38_143685_box7_Incident_Summaries_1-100
Agency: Department of War
Page 24
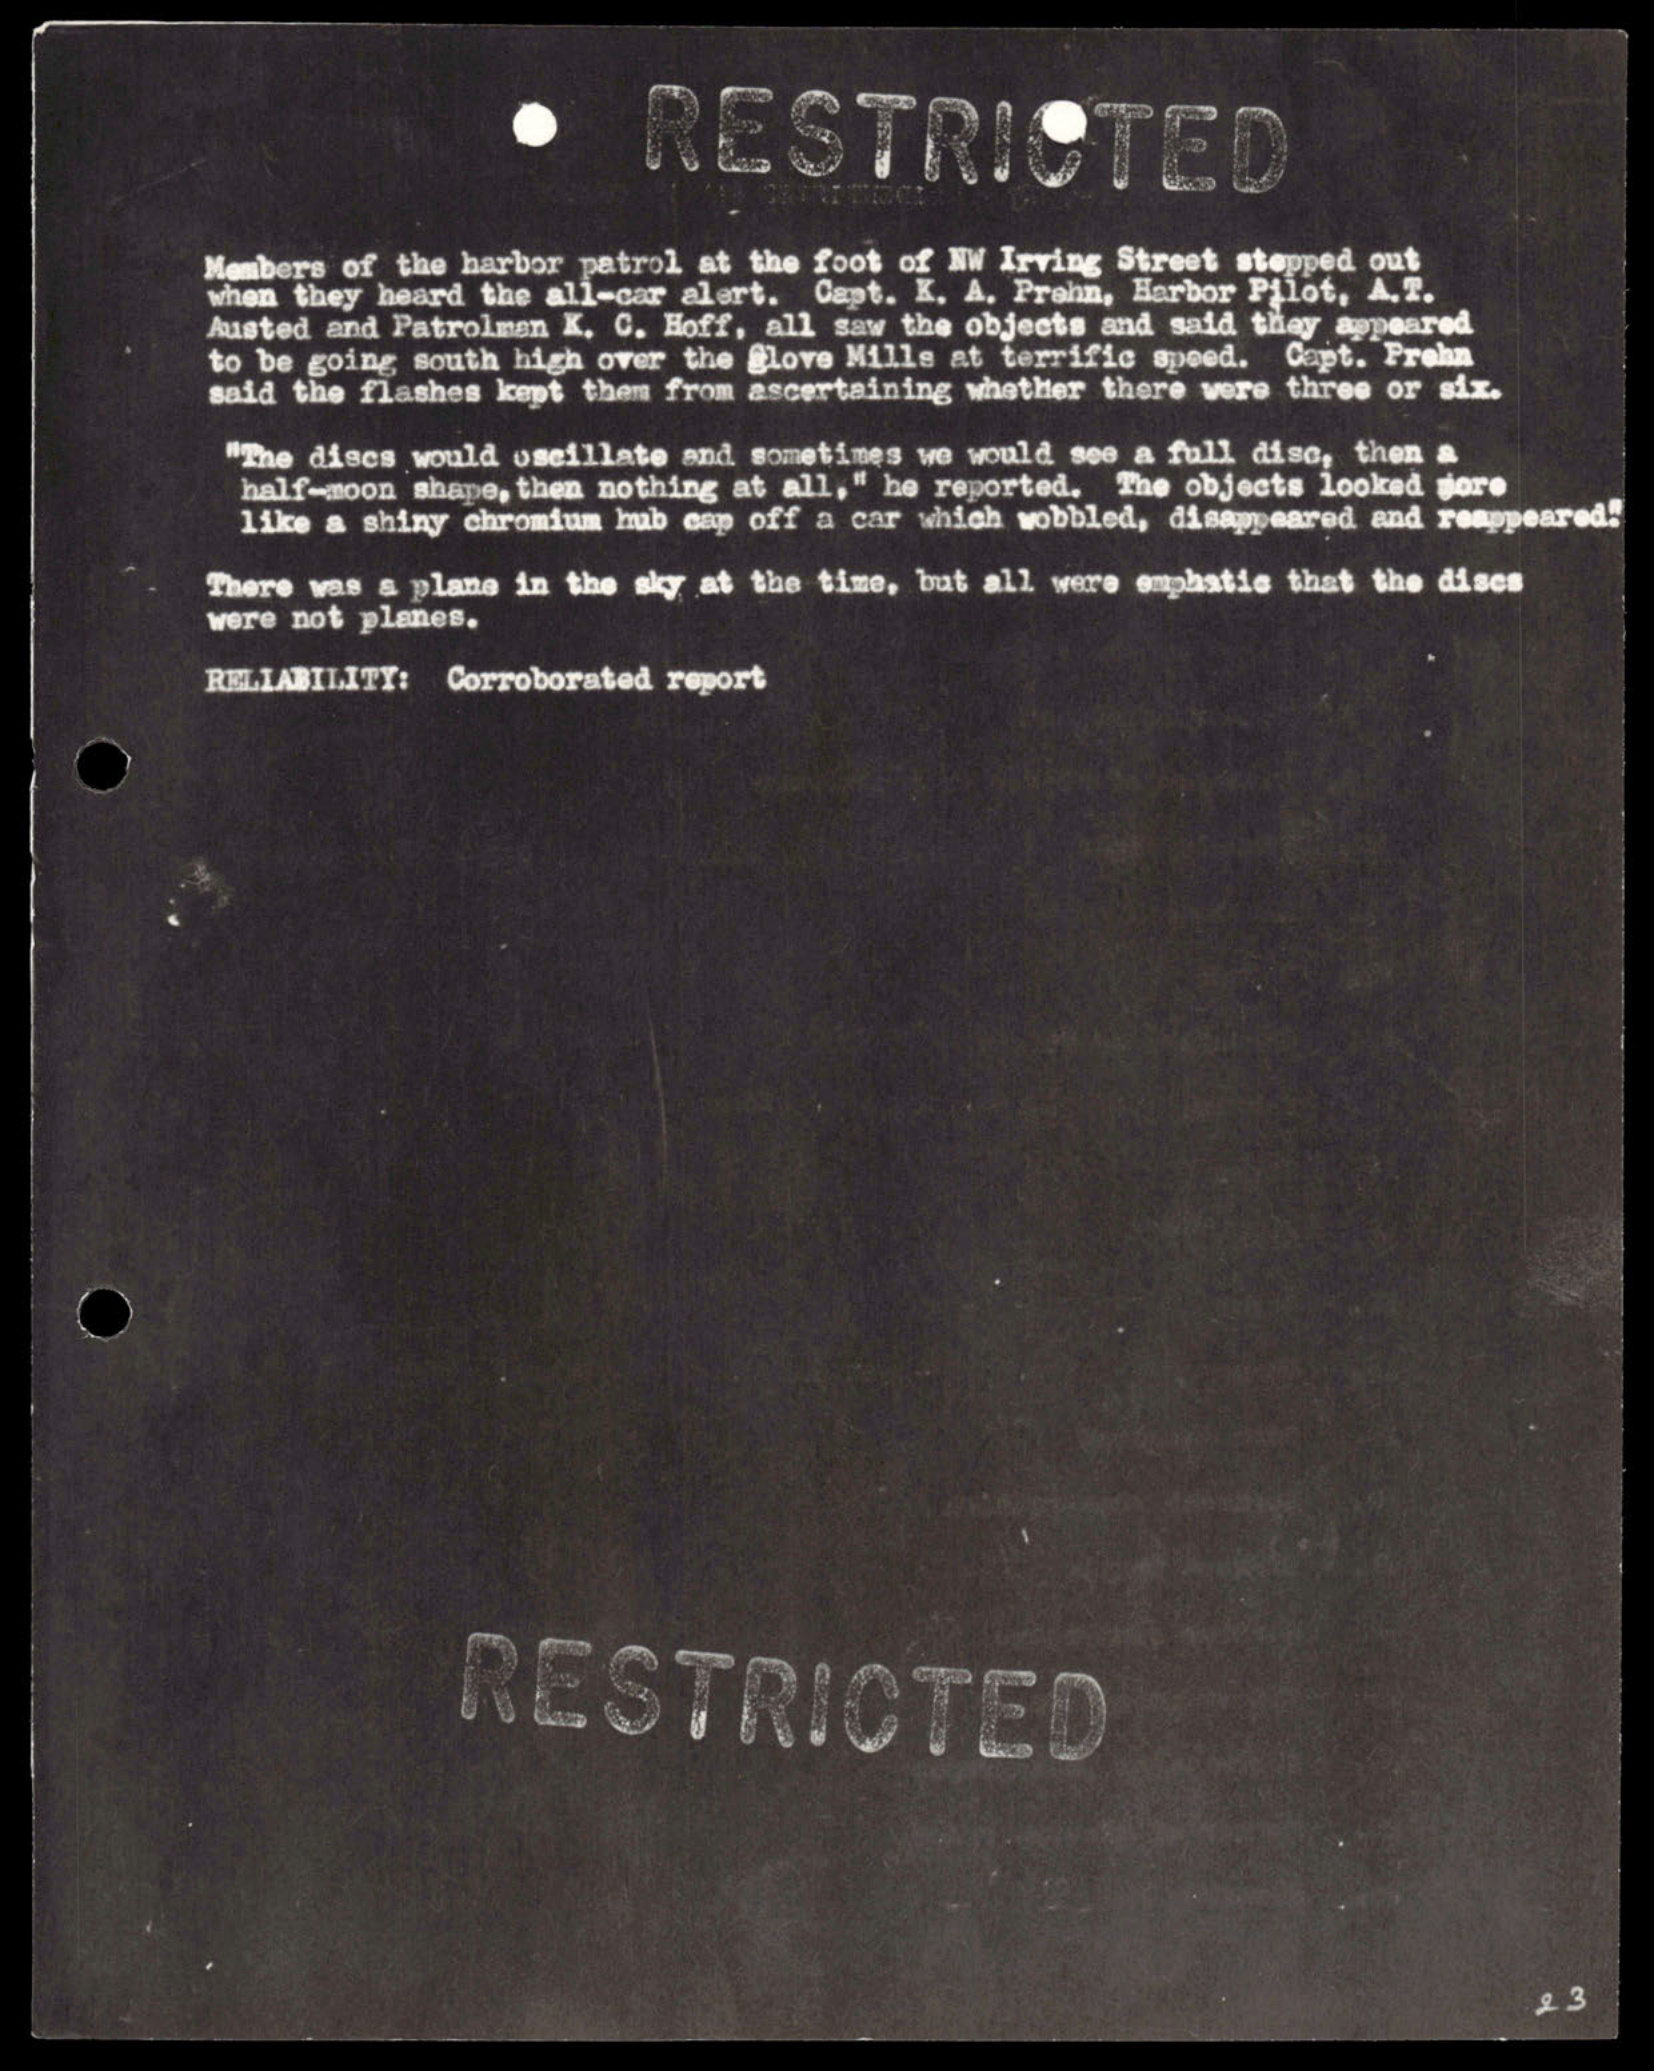